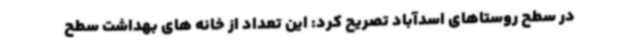
در سطح روستاهای اسدآباد تصریح کرد: این تعداد از خانه های بهداشت سطح